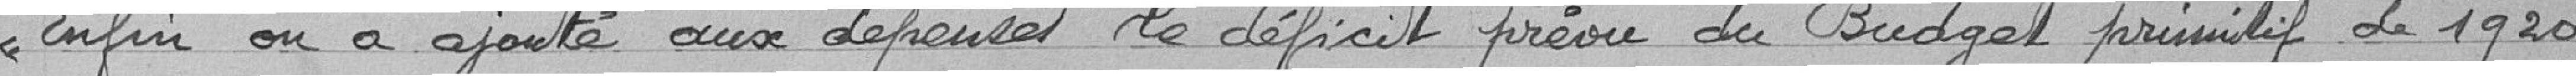
Enfin on a ajouté aux dépenses le déficit du Budget primitif de 1920